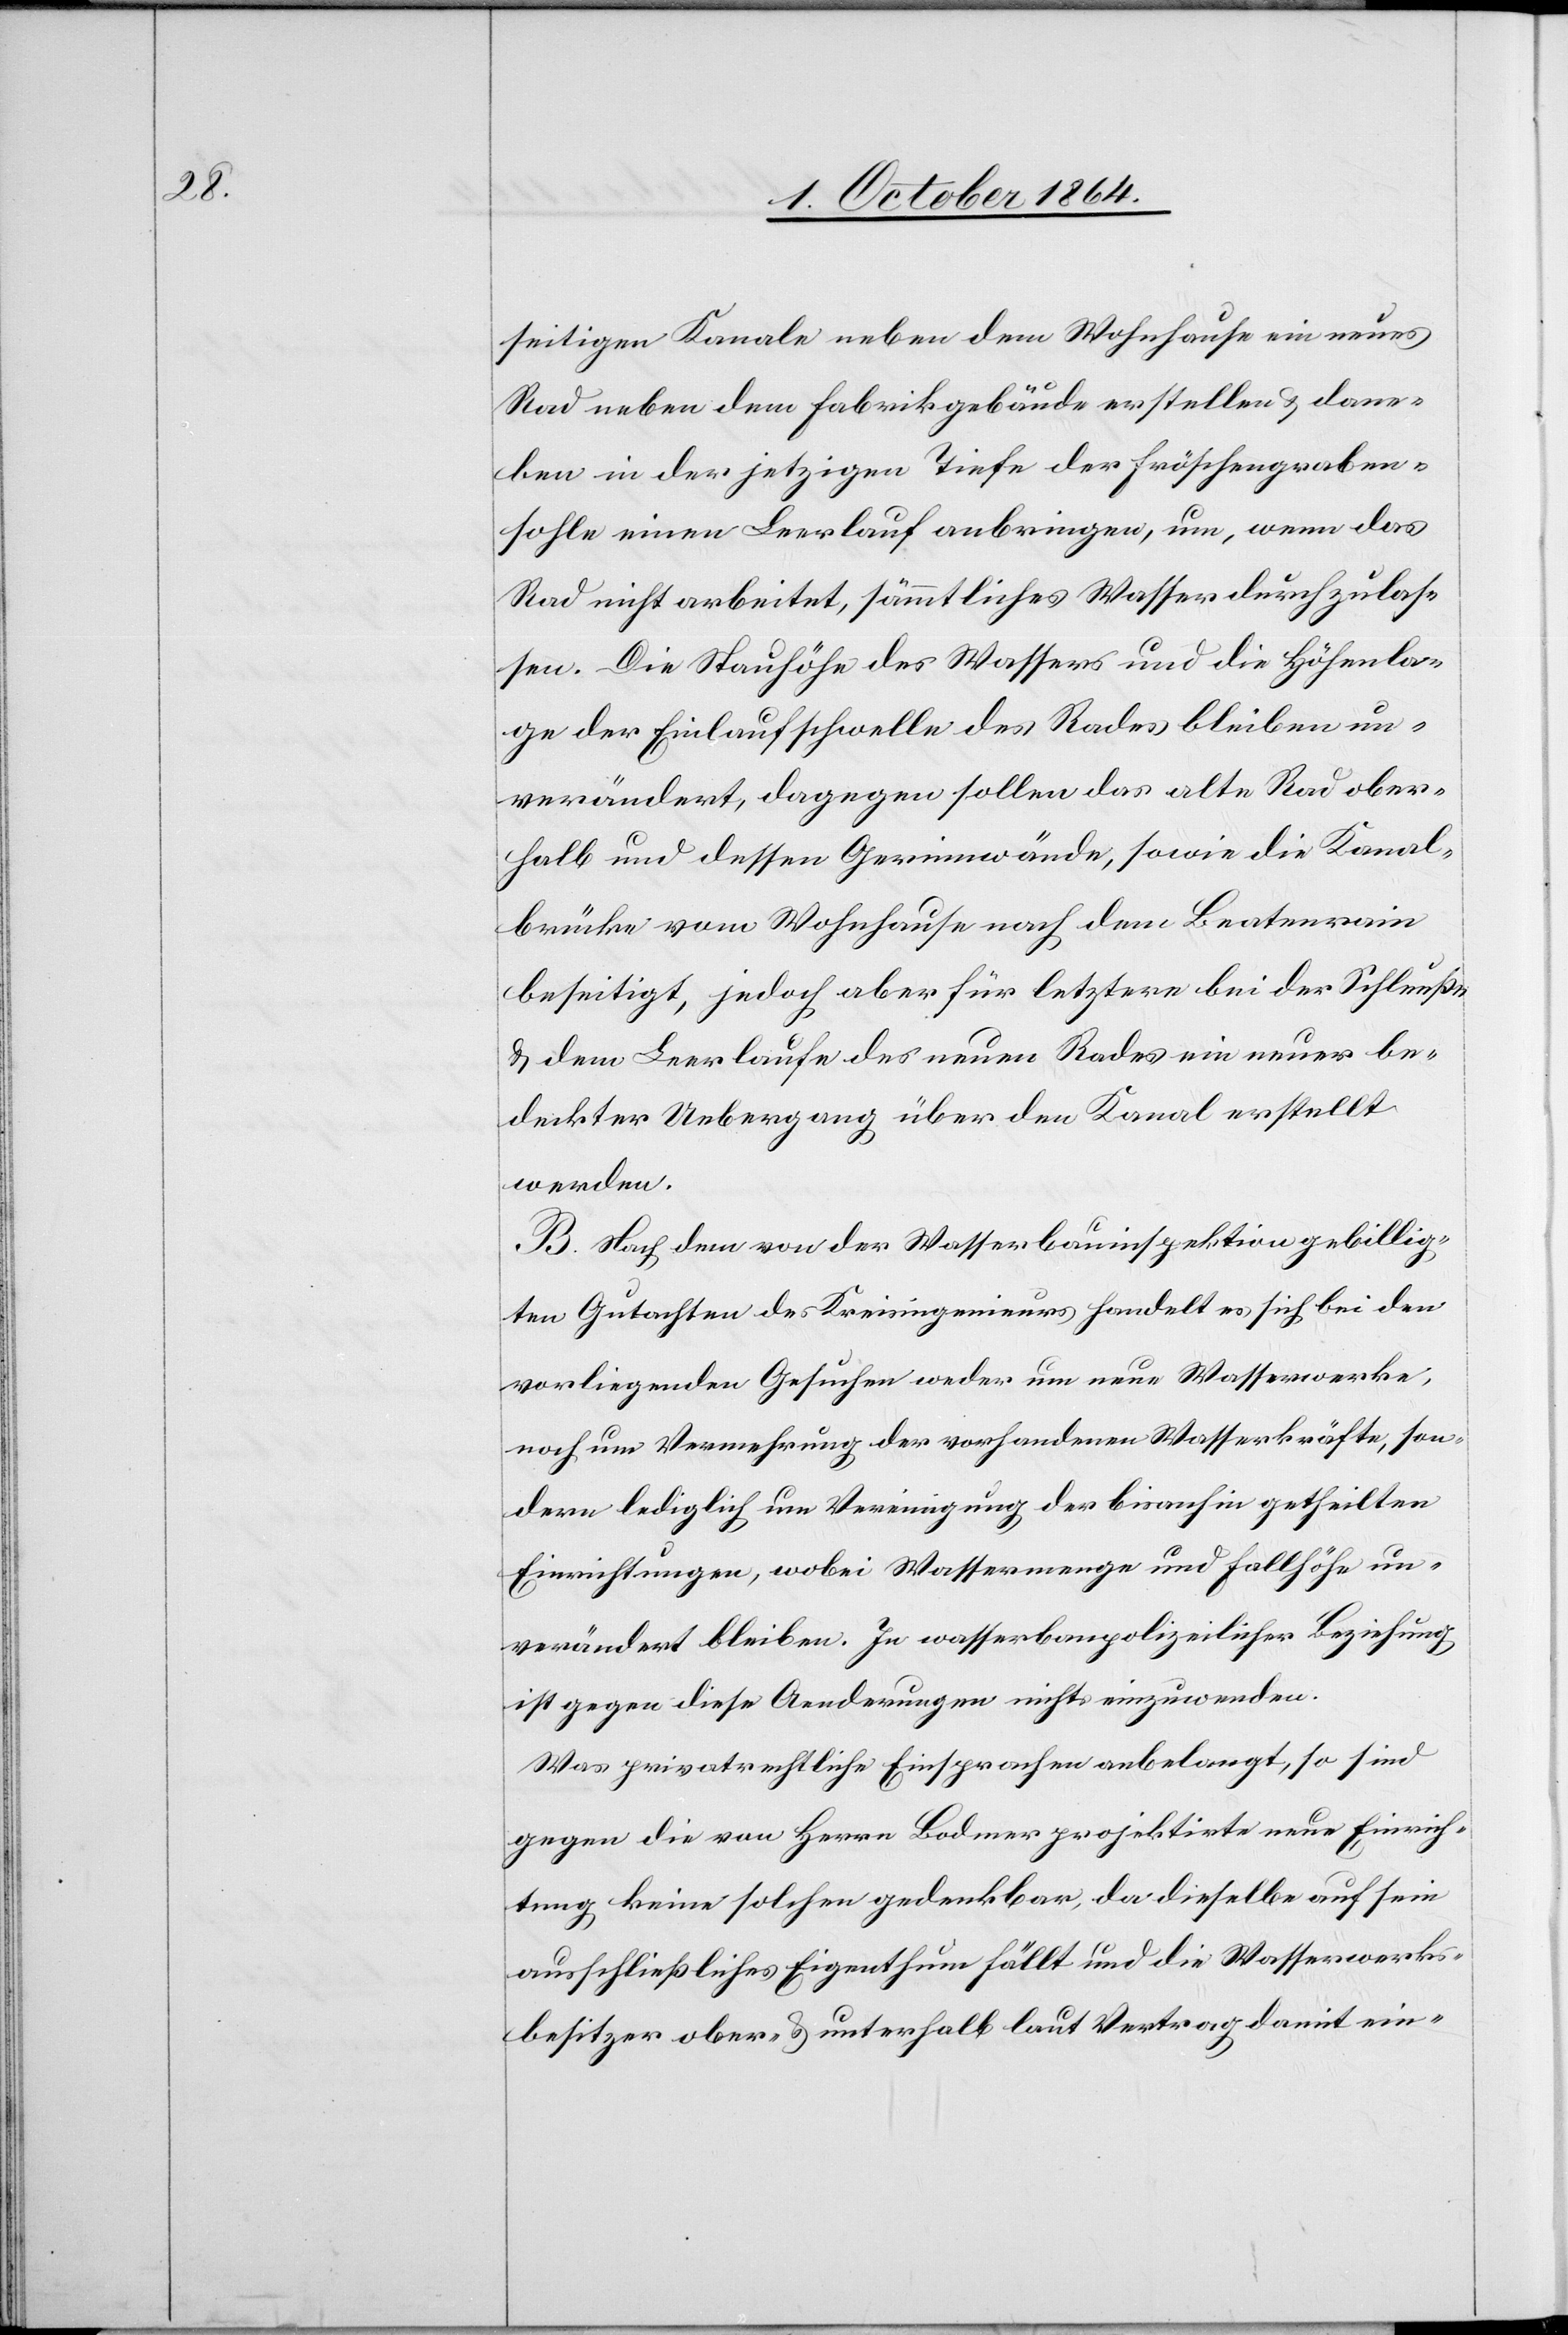
seitigen Kanale neben dem Wohnhause ein neues
Rad neben dem Fabrikgebäude erstellen & dane¬
ben in der jetzigen Tiefe der Fröschengraben¬
sohle einen Leerlauf anbringen, um, wenn das
Rad nicht arbeitet, sämmtliches Wasser durch zulassen
[sic!]. Die Stauhöhe des Wassers und die Höhenla¬
ge der Einlaufschwelle des Rades bleiben un¬
verändert, dagegen sollen das alte Rad ober¬
halb und dessen Gerinnwände, sowie die Kanal¬
brücke vom Wohnhause nach dem Beatenrain
beseitigt, jedoch aber für letztere bei der Schleuße
& dem Leerlaufe des neuen Rades ein neuer be¬
deckter Uebergang über den Kanal erstellt
werden.
B. Nach dem von der Wasserbauinspektion gebillig¬
ten Gutachten des Kreisingenieurs handelt es sich bei den
vorliegenden Gesuchen weder um neue Wasserwerke,
noch um Vermehrung der vorhandenen Wasserkräfte, son¬
dern lediglich um Vereinigung der bisanhin getheilten
Einrichtungen, wobei Wassermenge und Fallhöhe un¬
verändert bleiben. In wasserbaupolizeilicher Beziehung
ist gegen diese Aenderungen nichts einzuwenden.
Was privatrechtliche Einsprachen anbelangt, so sind
gegen die von Herrn Bodmer projektirte neue Einrich¬
tung keine solchen gedenkbar, da dieselbe auf sein
ausschließliches Eigenthum fällt und die Wasserwerks¬
besitzer ober- & unterhalb laut Vertrag damit ein-